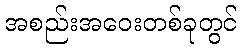
အစည်းအဝေးတစ်ခုတွင်